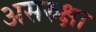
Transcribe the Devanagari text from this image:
असरुक्षा